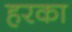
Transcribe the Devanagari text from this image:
हरका